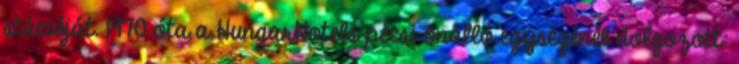
stációját. 1970 óta a HungarHotels pécsi önálló egységénél dolgozott: